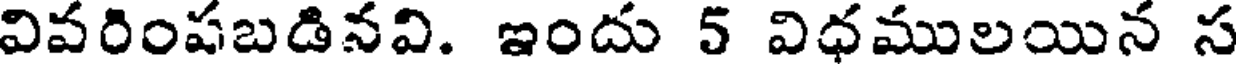
వివరింషబడినవి. ఇందు 5 విధములయిన స